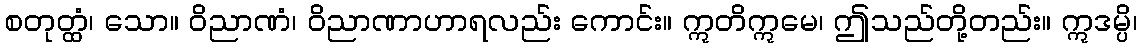
စတုတ္ထံ၊ သော။ ဝိညာဏံ၊ ဝိညာဏာဟာရလည်း ကောင်း။ ဣတိဣမေ၊ ဤသည်တို့တည်း။ ဣဒမ္ပိ၊